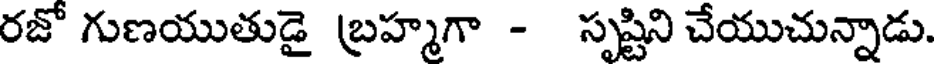
రజో గుణయుతుడై బ్రహ్మగా - సృష్టిని చేయుచున్నాడు.